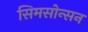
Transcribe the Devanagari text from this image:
सिमसोन्सन